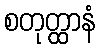
စတုတ္ထာနံ